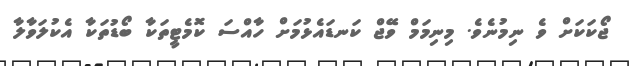
ޖޯކަކަށް ވެ ނިމުނެވެ. މިނިމަމް ވޭޖް ކަނޑައެޅުމަށް ހާއްސަ ކޮމެޓީތަކާ ބޯޑުތަކާ އެކުލަވާލާ